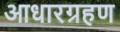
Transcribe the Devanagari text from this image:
आधारग्रहण